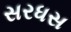
સરધસ